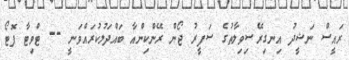
ރައީސް ނަޝީދު އިނގިރޭސިވިލާތުގެ ސަފީރު ޖޯން ރޭންކިންއާ ބައްދަލުކުރައްވަނީ -- ޓްވިޓާ ފޮޓޯ